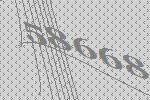
58668